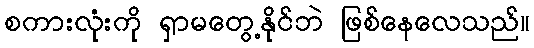
စကားလုံးကို ရှာမတွေ့နိုင်ဘဲ ဖြစ်နေလေသည်။